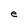
Character: e